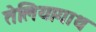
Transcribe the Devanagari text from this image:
तेलियागाथ